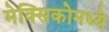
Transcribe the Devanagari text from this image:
मेक्‍सिकोमध्ये